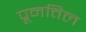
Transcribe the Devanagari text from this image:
पूनत्तिल